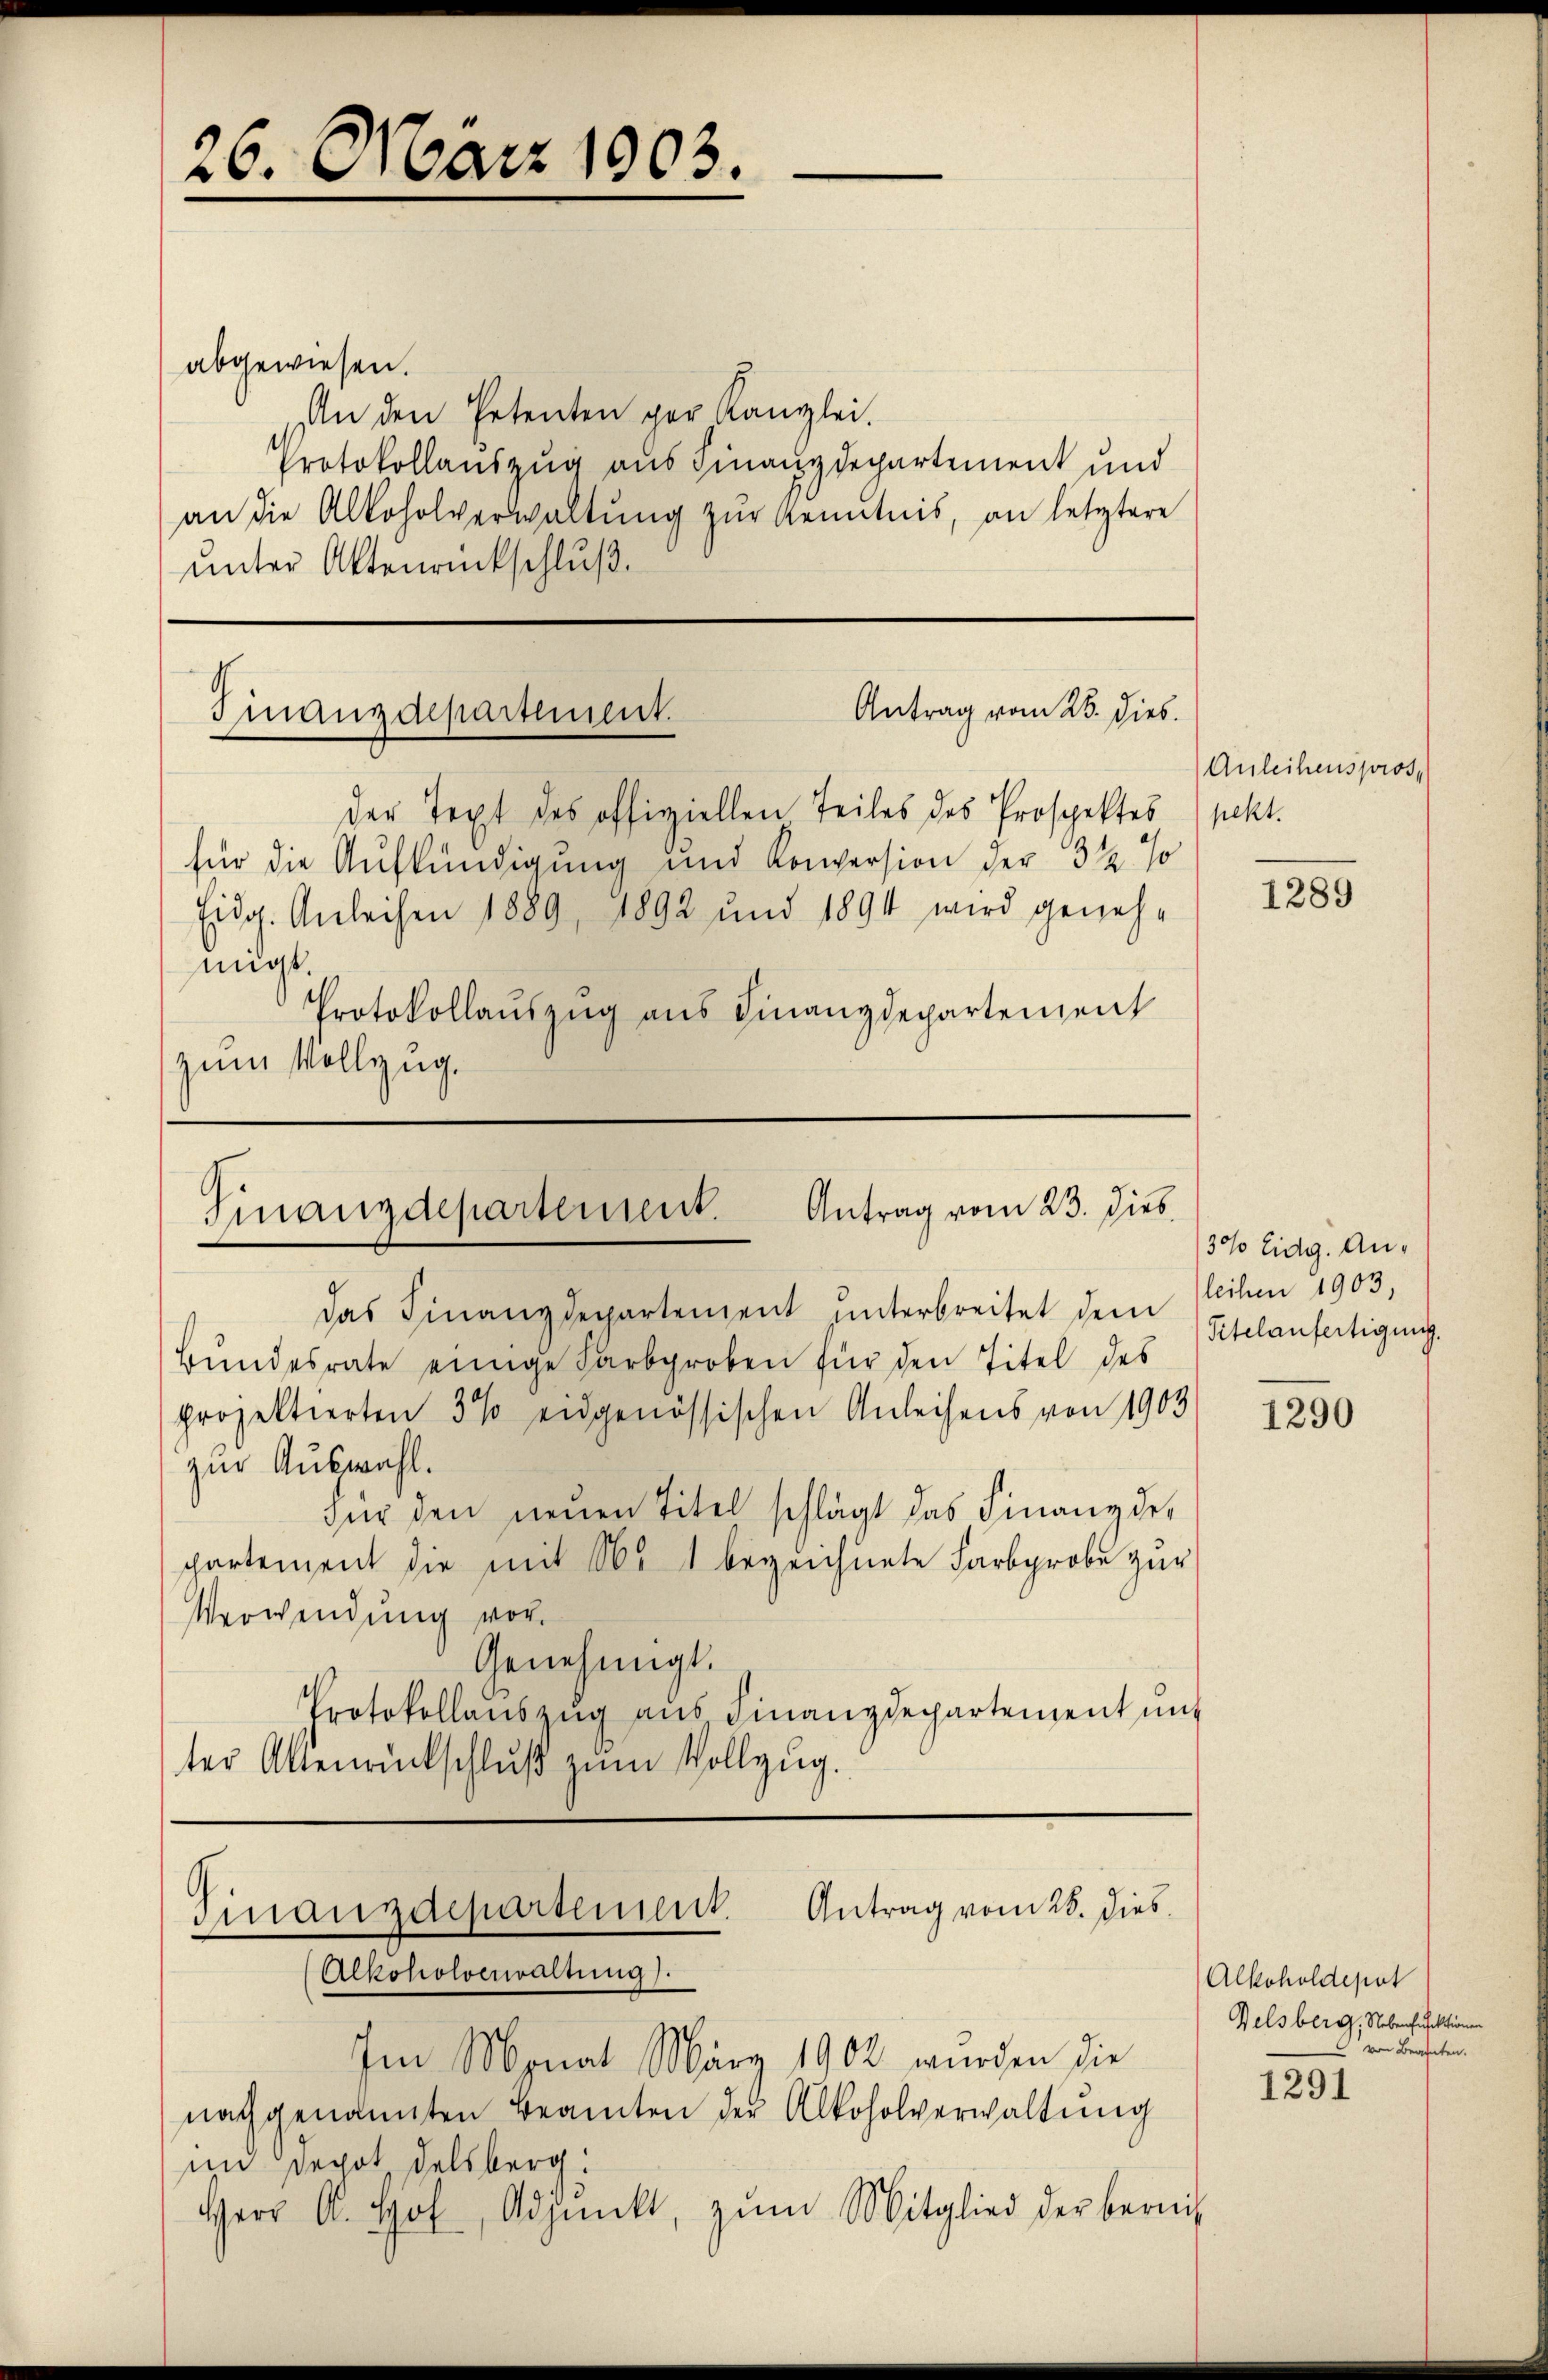
26. März 1903.

abgewiesen.
An den Ertenten per Kanzlei.
Protokollauszug aus Finanzdepartement und
an die Alkoholverwaltŭng zŭr Kenntnis, an letztere
unter Aktenrückschluß.

Antrag vom 26. Dieb.
Finanzdepartement.

der Text des offiziellen Teiles des Prospektes (pekt.
für die Aufkündigung und Konpersion der 3 ½ %
Tidg. Anleihen 1889, 1892 und 1894 wird geneh-
migt.
Protokollauszug aus Finanzdepartement
zum Vollzug.

Antrag vom 23. Dieb
Finanzdepartement.
das Finanzdepartement unterbreitet dem Meile 1903,

Bŭndesrate einige Farbgroben für den Titel des
projektierten 3% eidgenössischen Anleihens von 1903
zur Auswahl.
Für den neuen Titel schlägt das Finanz der
partement die mit 16. 1 bezeichnete Farbprobe zur
Verwendung vor.
Genehmigt.
Protokollauszug aus Finanzdepartement unt
ter Aktenrückschlŭβ zŭm Vollzug.

Finanzdepartement. Antrag vom 28. dies
Alkoholverwaltung).

Im Monat März 1902 wurden die
nach genannten Beamten der Alkoholverwaltung
im Depot Felsberg:
Herr A. Hof, Adjunkt, zŭm Mitglied der bereich

Anleihenspros.

1289

30% Eidg. An¬
Titelaufertigung.

1290

Alkoholdeput
Delsberg, Nebensusektionen
von Beanten.

1291